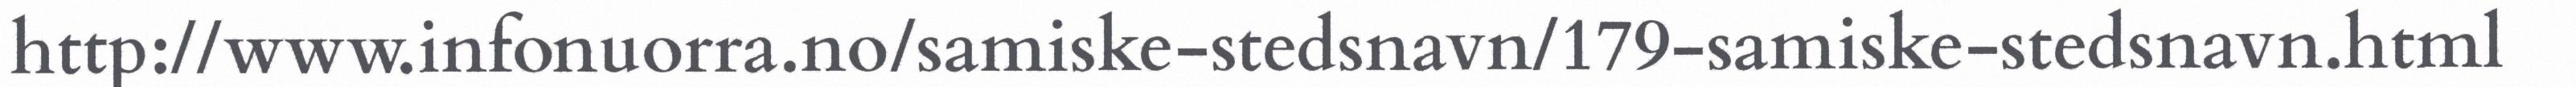
http://www.infonuorra.no/samiske-stedsnavn/179-samiske-stedsnavn.html